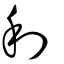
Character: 利